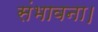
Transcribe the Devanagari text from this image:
संभावना।